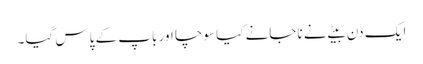
ایک دن بیٹے نے ناجانے کیا سوچا اور باپ کے پاس گیا۔